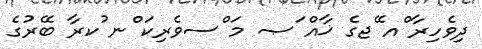
ދިވެހިރާ ްއ ޭޖގެ ޚާއް ަޞ މަ ްސވެރިކަ ްނ ުކރާ ބޭރުގެ